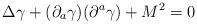
LaTeX: \begin{align*}\Delta \gamma + ({\partial}_{a}\gamma )( {\partial}^{a}{\gamma}) + M^{2} = 0\end{align*}